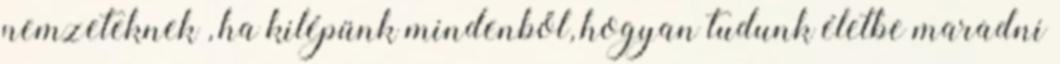
nemzeteknek , ha kilépünk mindenből, hogyan tudunk életbe maradni